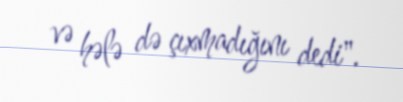
və hələ də çıxmadığını dedi".